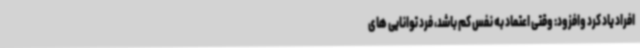
افراد یاد کرد وافزود: وقتی اعتماد به نفس کم باشد، فرد توانایی های